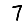
Digit: 7